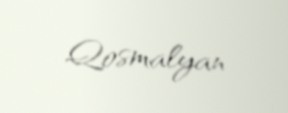
Qosmalyan